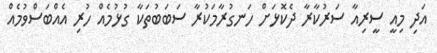
އަދި މިއީ ސީރިއާ ސަރުކާރާ ދެކޮޅަށް ހަނގުރާމަކުރާ ސަބަބުތަކާ ގުޅުމެއް ހުރި އެއްބަސްވުމެއް